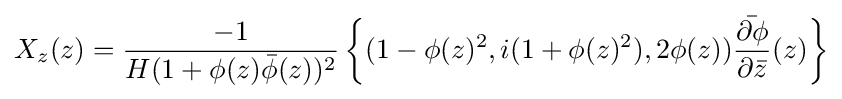
X_{z}(z)={\frac {-1}{H(1+\phi (z){\bar {\phi }}(z))^{2}}}\left\{(1-\phi (z)^{2},i(1+\phi (z)^{2}),2\phi (z)){\frac {\bar {\partial \phi }}{\partial {\bar {z}}}}(z)\right\}